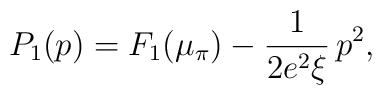
P_1(p) = F_1(\mu_\pi) - \frac{1}{2 e^2\xi}\,p^2,